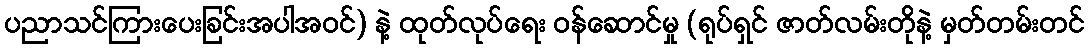
ပညာသင်ကြားပေးခြင်းအပါအဝင်) နဲ့ ထုတ်လုပ်ရေး ဝန်ဆောင်မှု (ရုပ်ရှင် ဇာတ်လမ်းတိုနဲ့ မှတ်တမ်းတင်